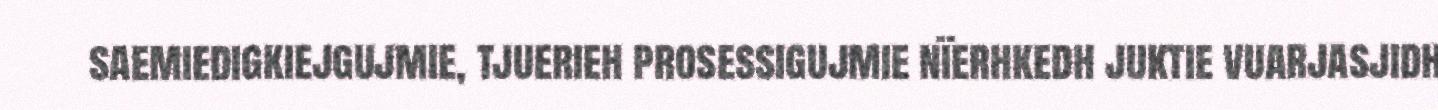
saemiedigkiejgujmie, tjuerieh prosessigujmie nïerhkedh juktie vuarjasjidh